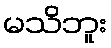
မသိဘူး